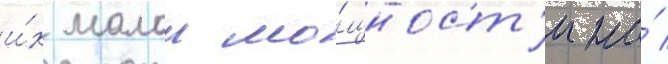
и́х малои мо́щност'и на́